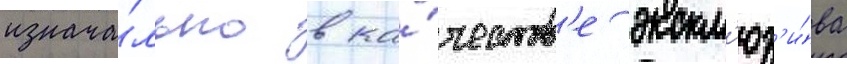
изнача́льно в ка́честв'е экскл'юз'и́ва